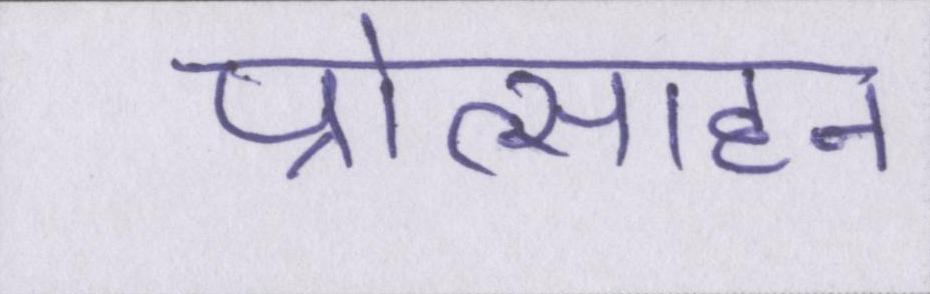
प्रोत्साहन